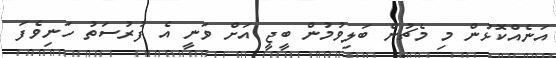
އަނެއްކޮޅުން މި މެޗުން ބަލިވުމުން ބީޖީ އަށް ވަނީ އެ ފުރުސަތު ހަނިވެފަ